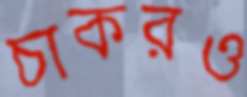
চাকরও